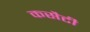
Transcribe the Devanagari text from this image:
कसैटी